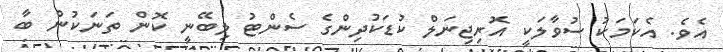
އެވެ. އެކަމަކު ސުވާލަކީ އޮރިޖިނަލް ކުޑަކުދިންގެ ސެންޓު ލިބޭނީ ކޮން ތަނަކުން ބާ